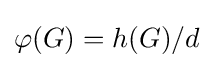
\varphi (G)=h(G)/d